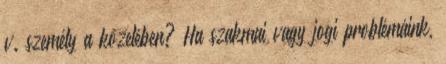
v. személy a közelében? Ha szakmai vagy jogi problémáink,